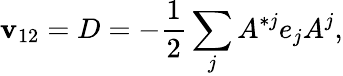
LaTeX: \mathbf{v}_{12}=D=-{\frac{{1}}{{2}}}\sum_{j}A^{*j}e_{j}A^{j},